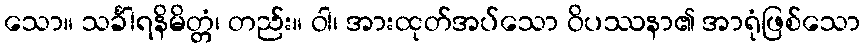
သော။ သင်္ခါရနိမိတ္တံ၊ တည်း။ ဝါ၊ အားထုတ်အပ်သော ဝိပဿနာ၏ အာရုံဖြစ်သော